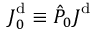
\boldsymbol { J } _ { 0 } ^ { \mathrm { d } } \equiv \hat { P } _ { 0 } \boldsymbol { J } ^ { \mathrm { d } }